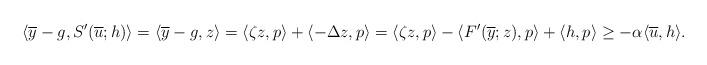
LaTeX: \begin{align*}\langle \overline{y}-g, S'(\overline{u};h) \rangle =\langle \overline{y}-g, z \rangle = \langle \zeta z, p \rangle + \langle -\Delta z, p \rangle = \langle \zeta z, p \rangle - \langle F'(\overline{y}; z), p \rangle + \langle h, p \rangle\ge -\alpha \langle \overline{u}, h\rangle.\end{align*}